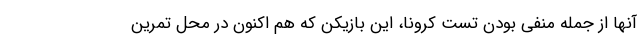
آنها از جمله منفی بودن تست کرونا، این بازیکن که هم اکنون در محل تمرین